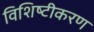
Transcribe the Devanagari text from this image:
विशिष्‍टीकरण